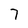
Character: 7